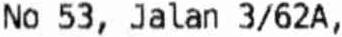
NO 53, JALAN 3/62A,